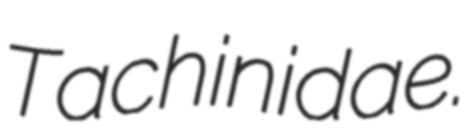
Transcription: Tachinidae.